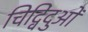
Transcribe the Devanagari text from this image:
चिद्विंदुओं